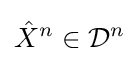
{\hat {X}}^{n}\in {\mathcal {D}}^{n}